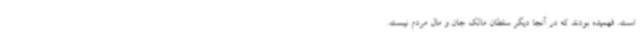
است. فهمیده بودند که در آنجا دیگر سلطان مالک جان و مال مردم نیست.